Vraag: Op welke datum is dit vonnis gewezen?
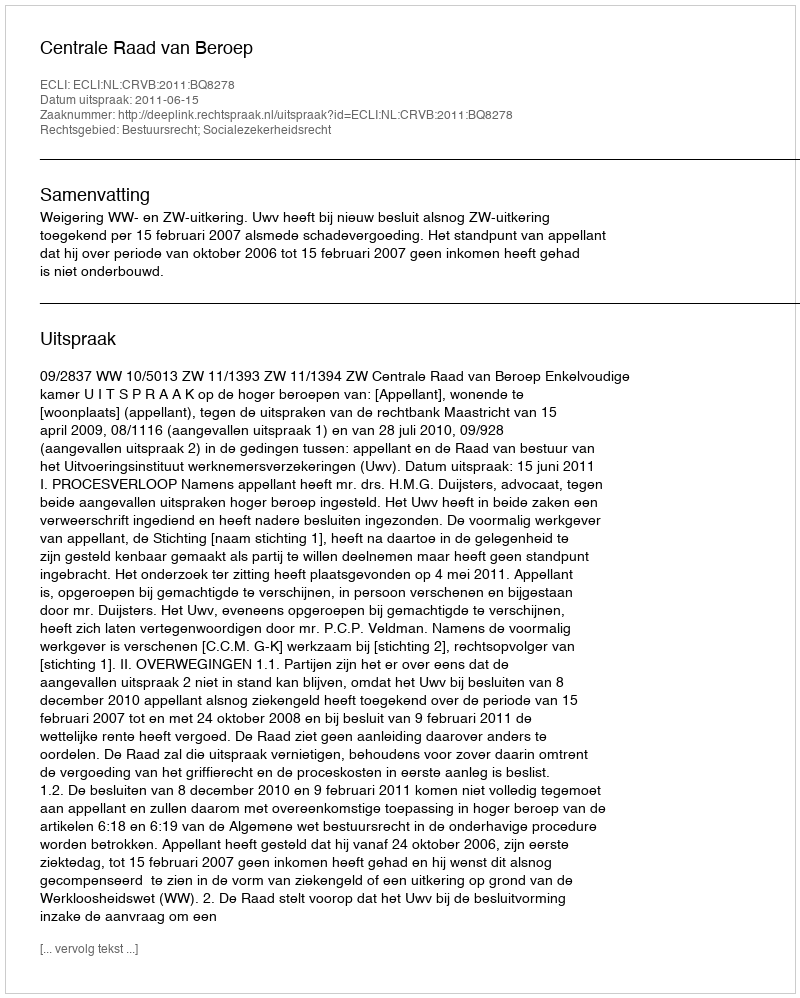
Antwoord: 2011-06-15